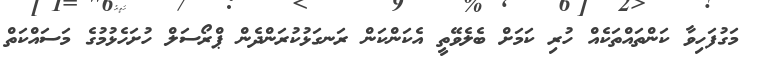
މަގުފަހިވާ ކަންތައްތަކެއް ހުރި ކަމަށް ބެލެވޭތީ އެކަންކަން ރަނގަޅުކުރަންދެން ޕްރޯސަލް ހުށަހެޅުމުގެ މަސައްކަތް